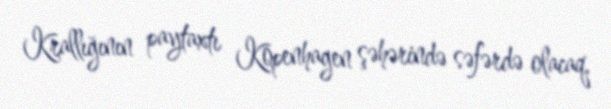
Krallığının paytaxtı Kopenhagen şəhərində səfərdə olacaq.